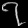
Digit: ၇